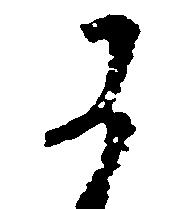
か